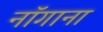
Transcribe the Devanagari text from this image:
नॉगाना